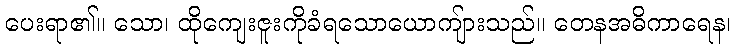
ပေးရာ၏။ သော၊ ထိုကျေးဇူးကိုခံရသောယောကျ်ားသည်။ တေနအဓိကာရေန၊